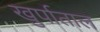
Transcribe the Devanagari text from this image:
खुर्पाताल